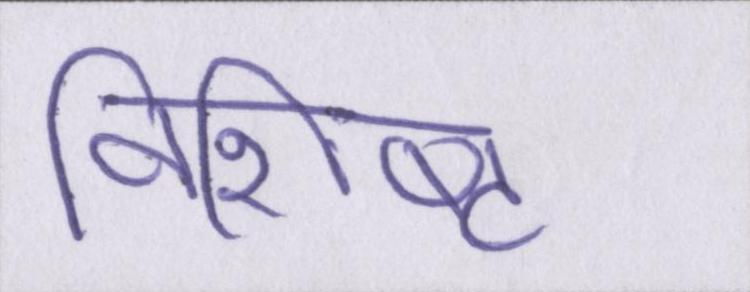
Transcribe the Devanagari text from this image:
विशिष्ट